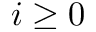
i \geq 0